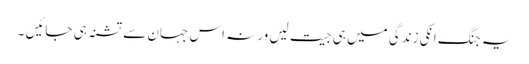
یہ جنگ انکی زندگی میں ہی جیت لیں ورنہ اس جہان سے تشنہ ہی جائیں ۔